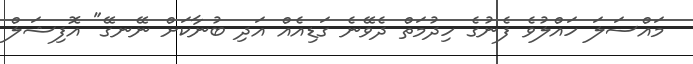
މައްސަލަ ހައްލުވެ ފެނުގެ ހިދުމަތް ދެވޭނެ ގަޑިއެއް އަދި ބުނާކަށް ނޭނގޭ" އޮފިޝަލް